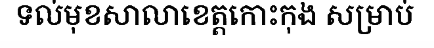
ទល់មុខសាលាខេត្តកោះកុង សម្រាប់